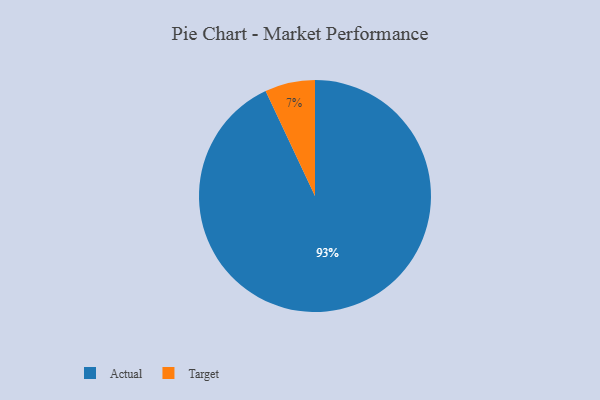
{"axis": {"x": "Category", "y": "Percentage"}, "legend": ["Actual", "Target"], "data": [{"x": "Target", "y": 7, "type": "Target"}, {"x": "Actual", "y": 93, "type": "Actual"}]}